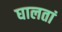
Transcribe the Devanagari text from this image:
घालतां